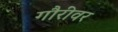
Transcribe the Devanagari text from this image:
गौरींवर